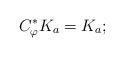
LaTeX: \begin{align*}C_\varphi^*K_a=K_a;\end{align*}